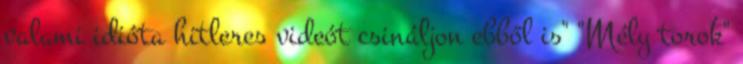
valami idióta hitleres videót csináljon ebből is" "Mély torok"